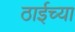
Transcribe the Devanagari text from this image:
ठाईच्या